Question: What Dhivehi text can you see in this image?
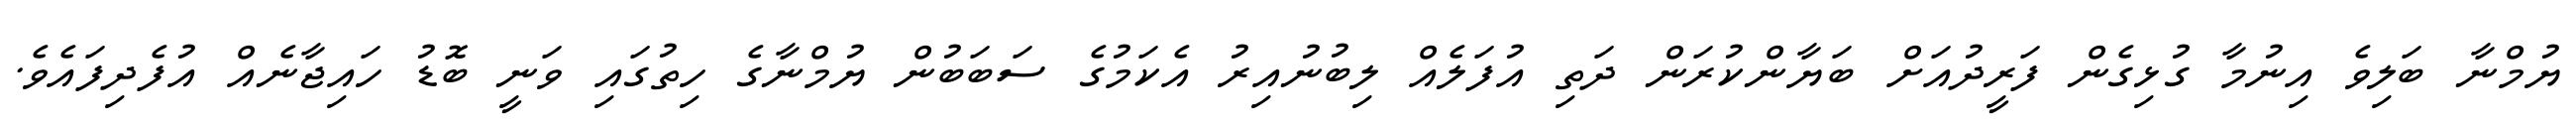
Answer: ޔުމްނާ ބަލިވެ އިނުމާ ގުޅިގެން ފަރީދުއަށް ބަޔާންކުރަން ދަތި އުފަލެއް ލިބުނުއިރު އެކަމުގެ ސަބަބުން ޔުމްނާގެ ހިތުގައި ވަނީ ބޮޑު ހައިޖާނެއް އުފެދިފައެވެ.